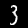
Digit: 3